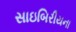
સાઇબિરીયના